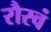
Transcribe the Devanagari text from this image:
रौरवं